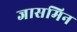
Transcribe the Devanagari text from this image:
जासमिन